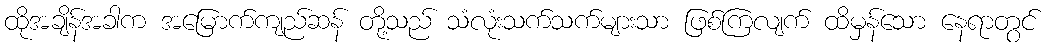
ထိုအချိန်အခါက အမြောက်ကျည်ဆန် တို့သည် သံလုံးသက်သက်များသာ ဖြစ်ကြလျက် ထိမှန်သော နေရာတွင်